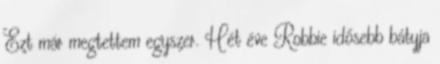
Ezt már megtettem egyszer. Hét éve Robbie idősebb bátyja